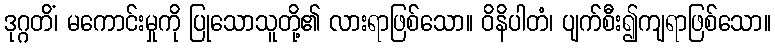
ဒုဂ္ဂတိံ၊ မကောင်းမှုကို ပြုသောသူတို့၏ လားရာဖြစ်သော။ ဝိနိပါတံ၊ ပျက်စီး၍ကျရာဖြစ်သော။